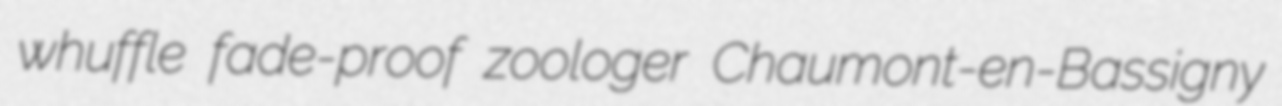
whuffle fade-proof zoologer Chaumont-en-Bassigny